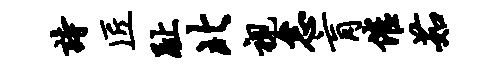
诗匠趾北视怠肓催茹